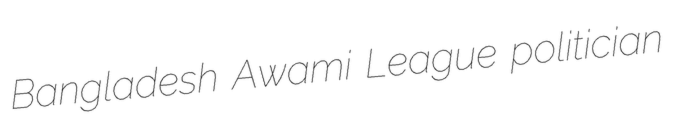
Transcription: Bangladesh Awami League politician